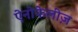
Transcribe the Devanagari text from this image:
ऐनोफेलीज़